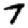
Digit: 7